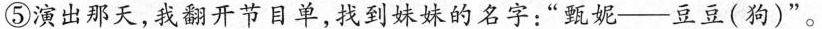
⑤演出那天，我翻开节目单，找到妹妹的名字：”甄妮--豆豆(狗)”。